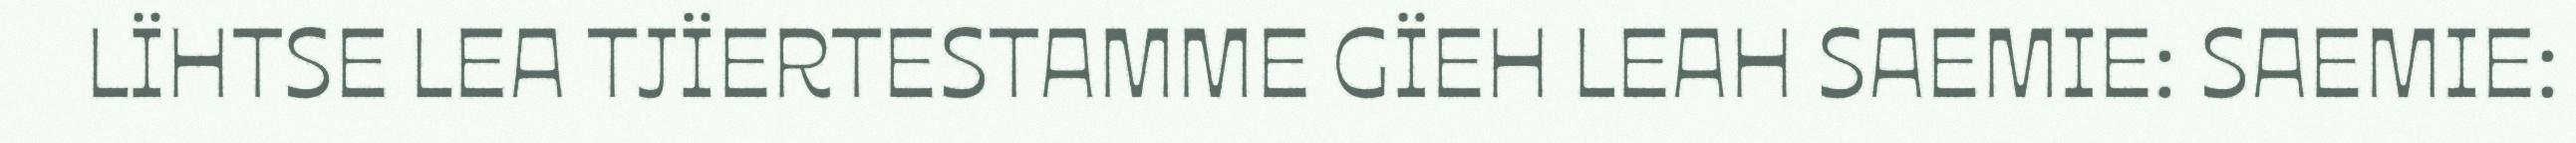
LÏHTSE LEA TJÏERTESTAMME GÏEH LEAH SAEMIE: SAEMIE: